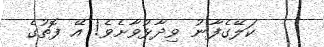
ކަލޭގެފާނު ވިދާޅުވާށެވެ! އޭ ފޮތުގެ